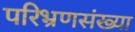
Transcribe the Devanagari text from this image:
परिभ्रणसंख्या